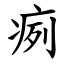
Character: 㾐